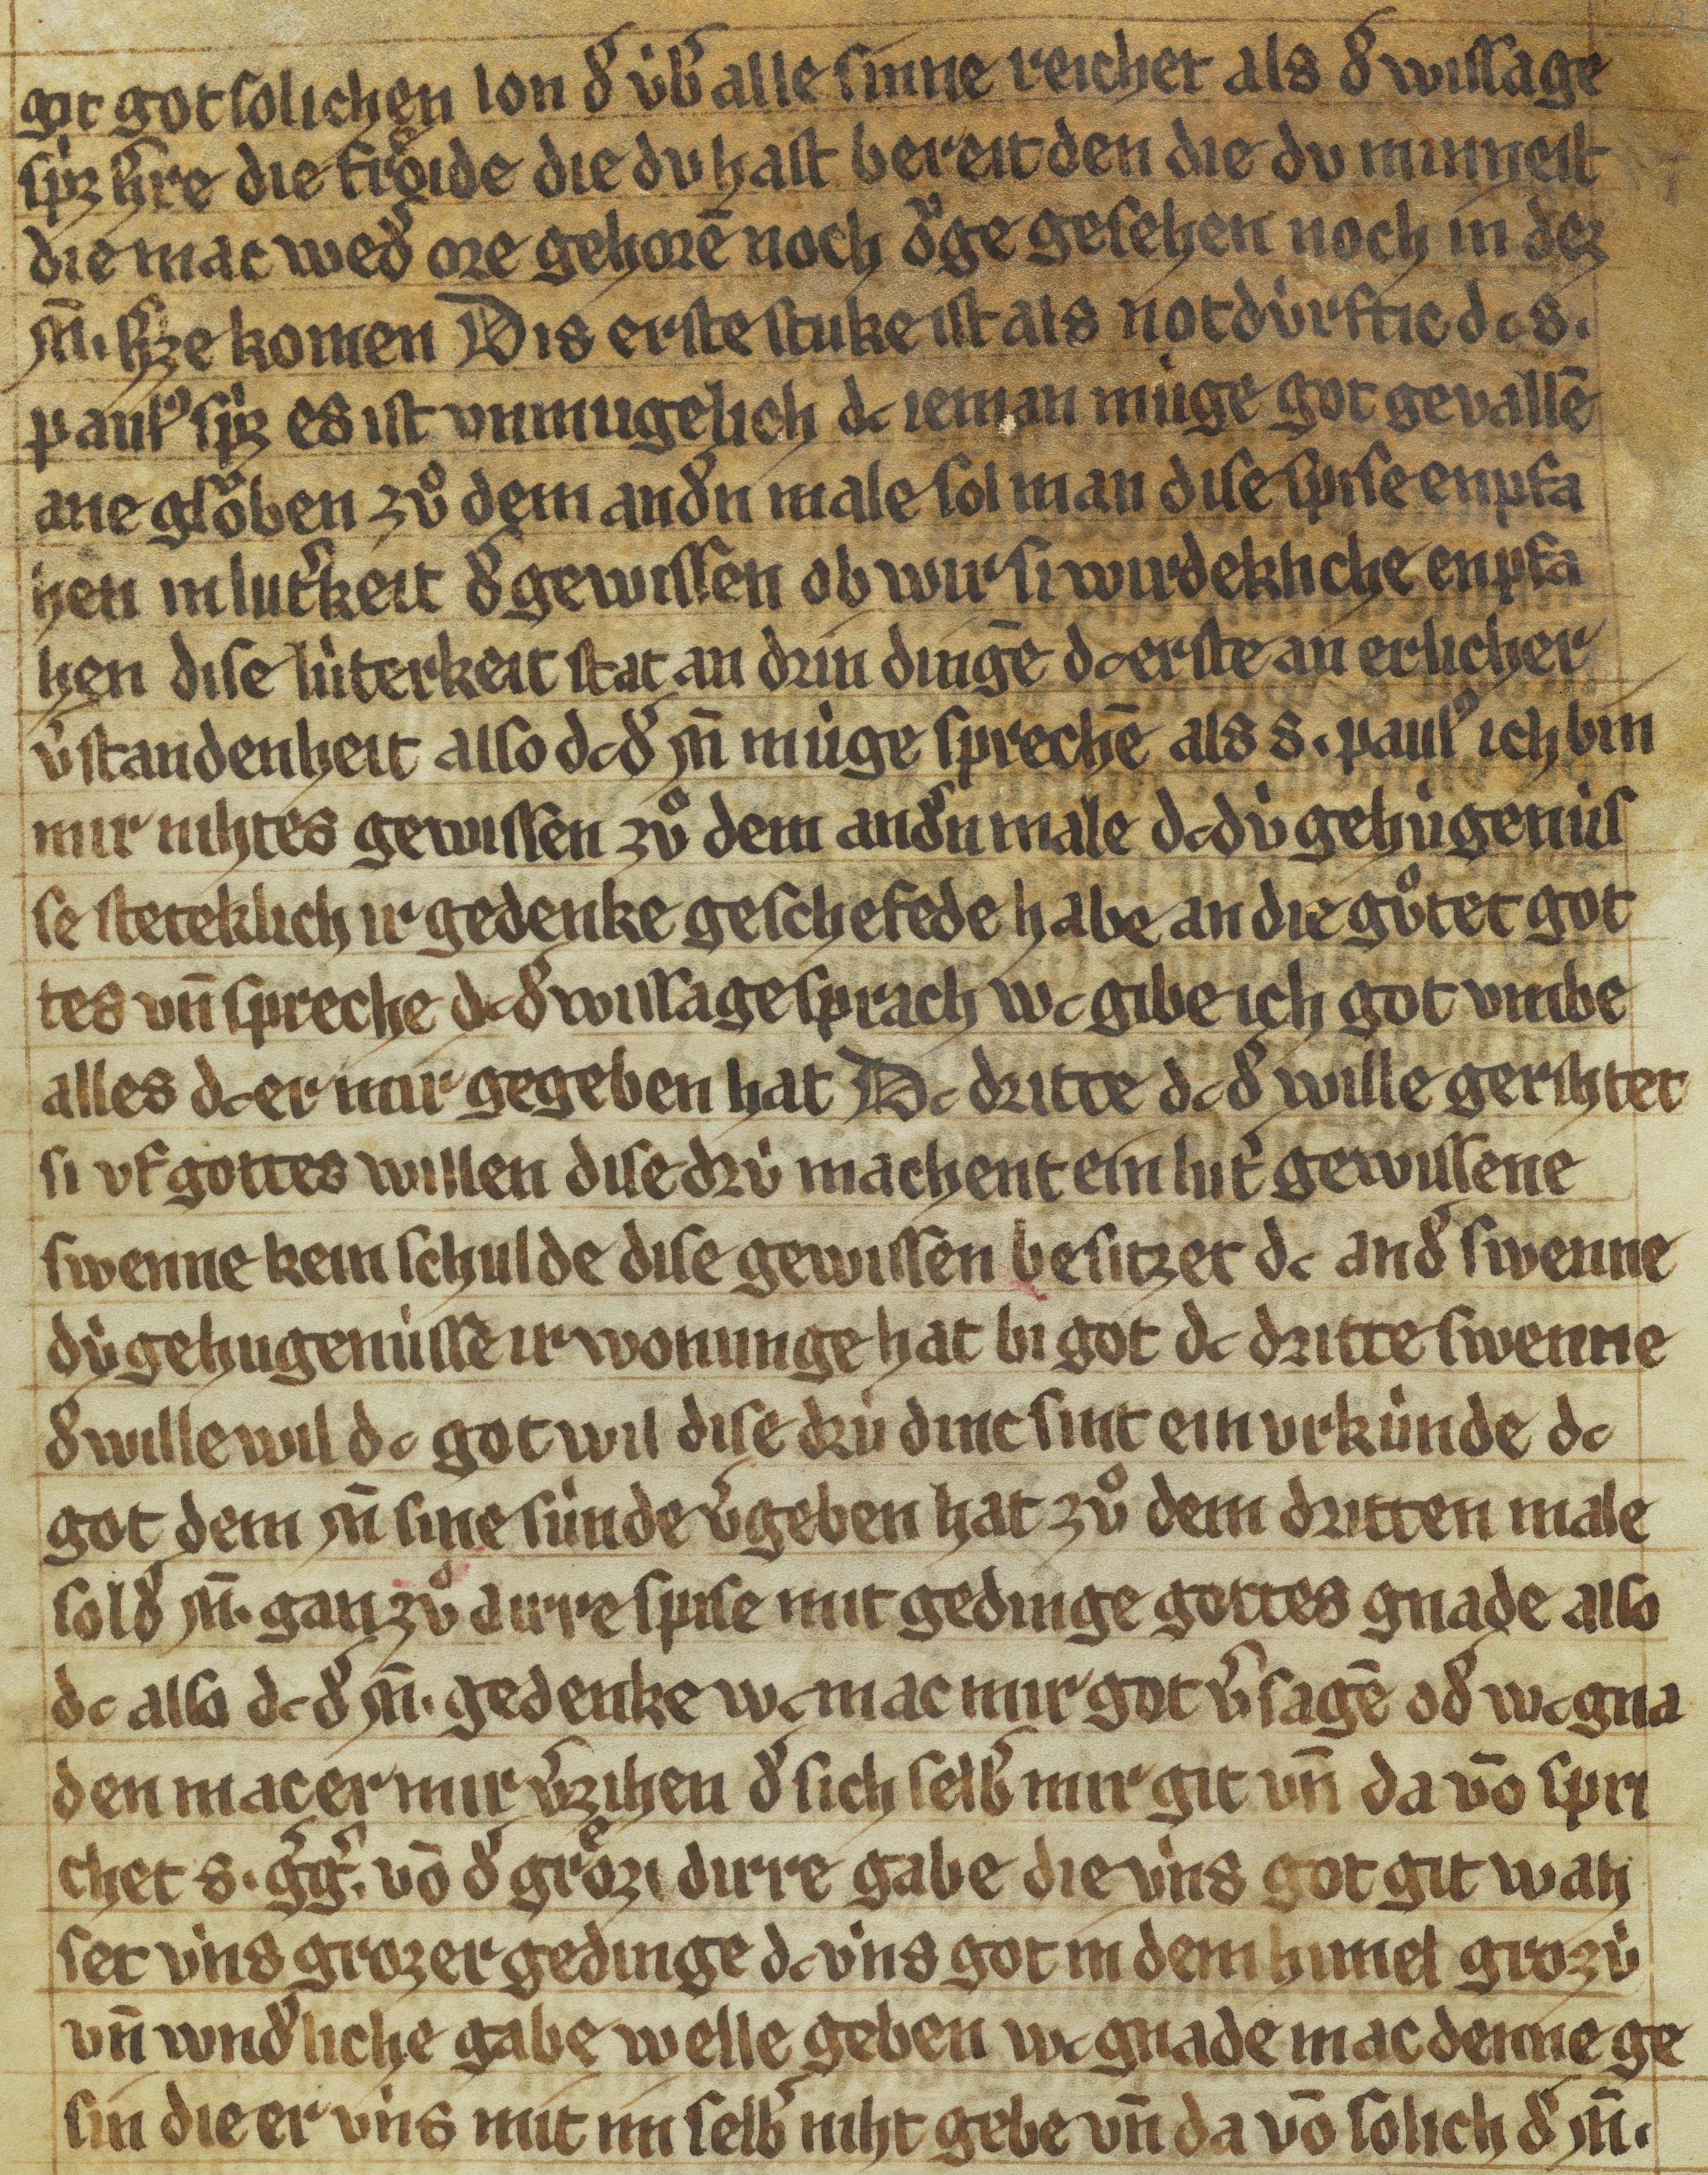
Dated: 1300–1399